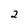
Character: 2